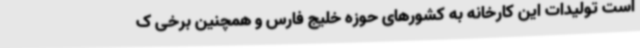
است تولیدات این کارخانه به کشورهای حوزه خلیج فارس و همچنین برخی ک